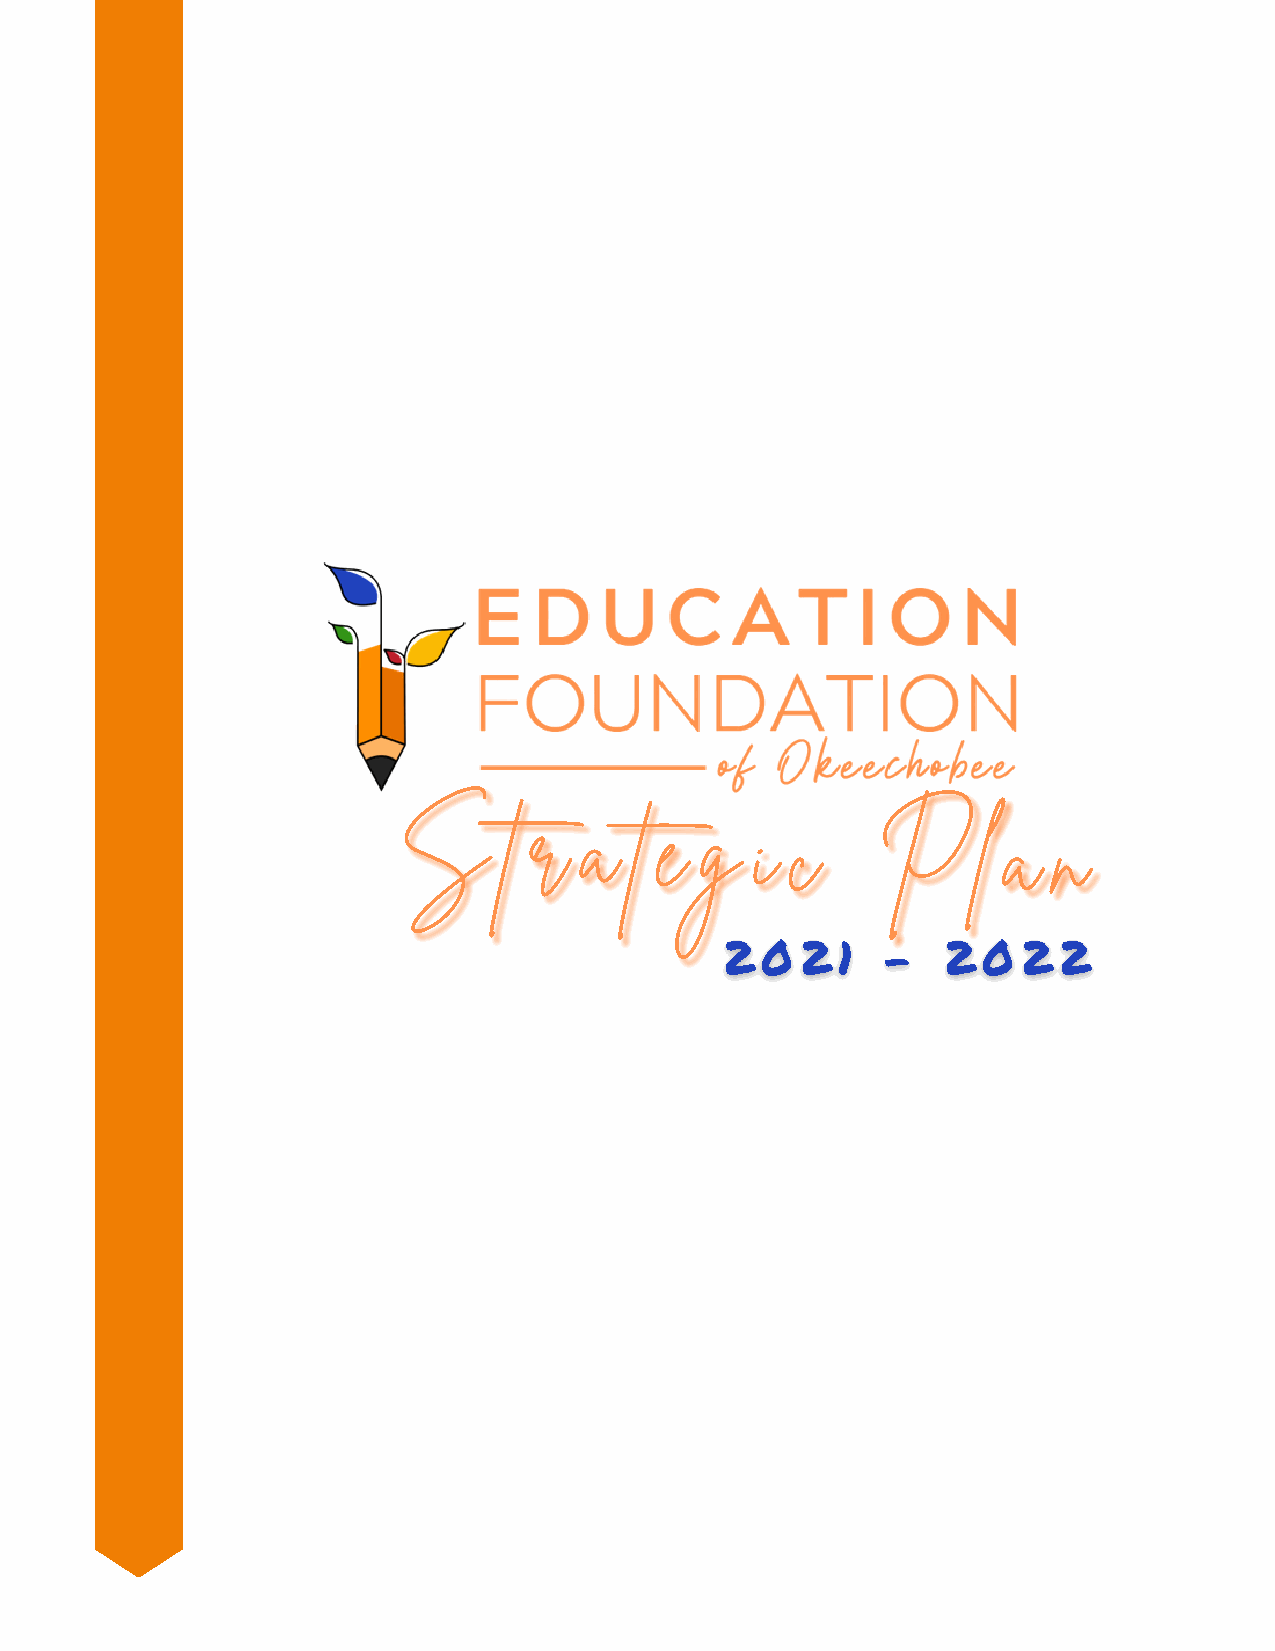
SS     tt rr aa tt ee gg ii cc  PP     ll aa nn
 22 00 22 11 -- 22 00 22 22